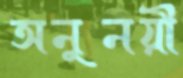
অনুনয়ী